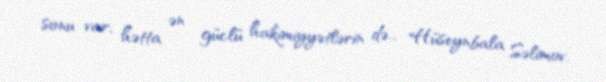
sonu var, hətta ən güclü hakimiyyətlərin də... Hüseynbala Səlimov.